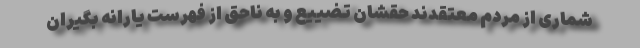
شماری از مردم معتقدند حقشان تضییع و به ناحق از فهرست یارانه بگیران